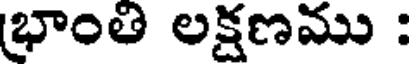
భాంతి లక్షణము :